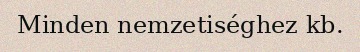
Minden nemzetiséghez kb.